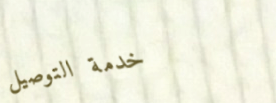
خدمة التوصيل